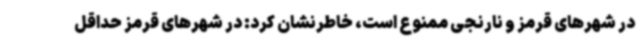
در شهرهای قرمز و نارنجی ممنوع است، خاطرنشان کرد: در شهرهای قرمز حداقل